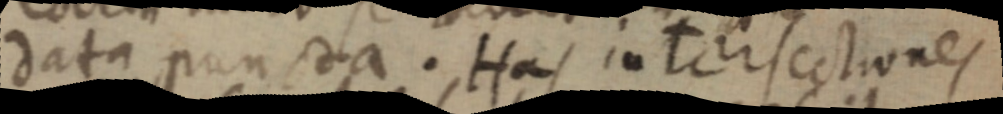
data puncta. His intersectiones